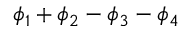
\phi _ { 1 } + \phi _ { 2 } - \phi _ { 3 } - \phi _ { 4 }